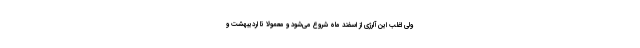
ولی اغلب این آلرژی از اسفند ماه شروع می‌شود و معمولا تا اردیبهشت و